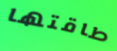
طاقتها